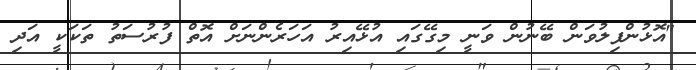
"އޮޅުންފިލުވަން ބޭނުން ވަނީ މިގޭގައި އުޅޭއިރު އަހަރެންނަށް އޮތް ފުރުސަތު ތަކަކީ އަދި